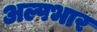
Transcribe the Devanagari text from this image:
अल्पभार